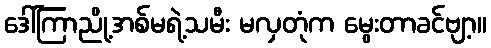
ဒေါ်ကြာညို့အစ်မရဲ့သမီး မလှတုံက မွေးတာခင်ဗျာ့။